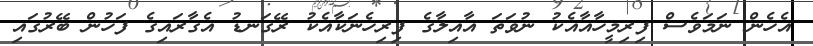
އެހެން ނަމަވެސް ފިރިމީހާއާއެކު ނުވަތަ އާއިލާގެ ފިރިހެނަކާއެކު ރޭގަނޑު އެގާރައިގެ ފަހުން ބޭރުގައި